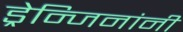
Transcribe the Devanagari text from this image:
ड्रेन्जिनांनी